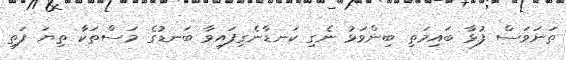
ތަނަވަސް ފުޅާ ބައިމަތި ބިންވަޅު ނެގި ކަނޑާނެގިފައިވާ ބަނޑުގެ މަސްތަކާ ތިޔަ ފަތި